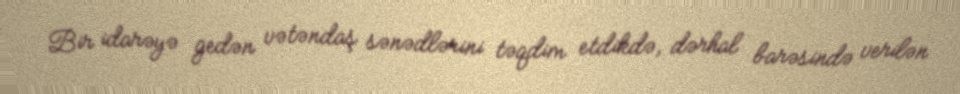
Bir idarəyə gedən vətəndaş sənədlərini təqdim etdikdə, dərhal barəsində verilən